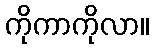
ကိုကာကိုလာ။